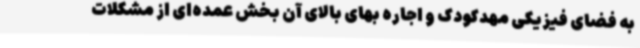
به فضای فیزیکی مهدکودک و اجاره بهای بالای آن بخش عمده‌ای از مشکلات